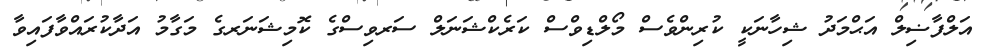
އަލްފާޟިލް އަޙްމަދު ޝިހާނަކީ ކުރިންވެސް މޯލްޑިވްސް ކަރެކްޝަނަލް ސަރވިސްގެ ކޮމިޝަނަރގެ މަގާމު އަދާކުރައްވާފައިވާ